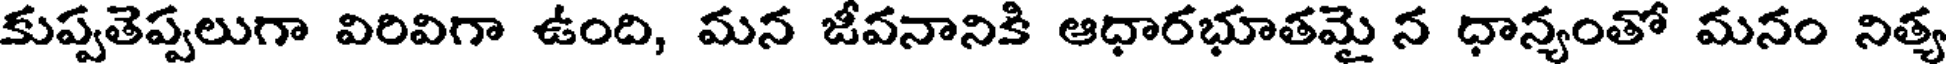
కుప్పతెప్పలుగా విరివిగా ఉంది, మన జీవనానికి ఆధారభూతమై న ధాన్యంతో మనం నిత్య